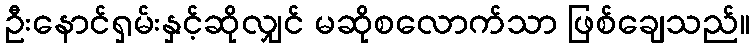
ဦးနောင်ရှမ်းနှင့်ဆိုလျှင် မဆိုစလောက်သာ ဖြစ်ချေသည်။